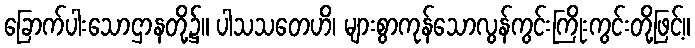
ခြောက်ပါးသောဌာနတို့၌။ ပါသသတေဟိ၊ များစွာကုန်သောလွန်ကွင်းကြိုးကွင်းတို့ဖြင့်။